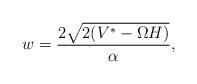
LaTeX: \begin{align*} w = \frac{2 \sqrt{2 (V^\ast - \Omega H)}}{\alpha},\end{align*}